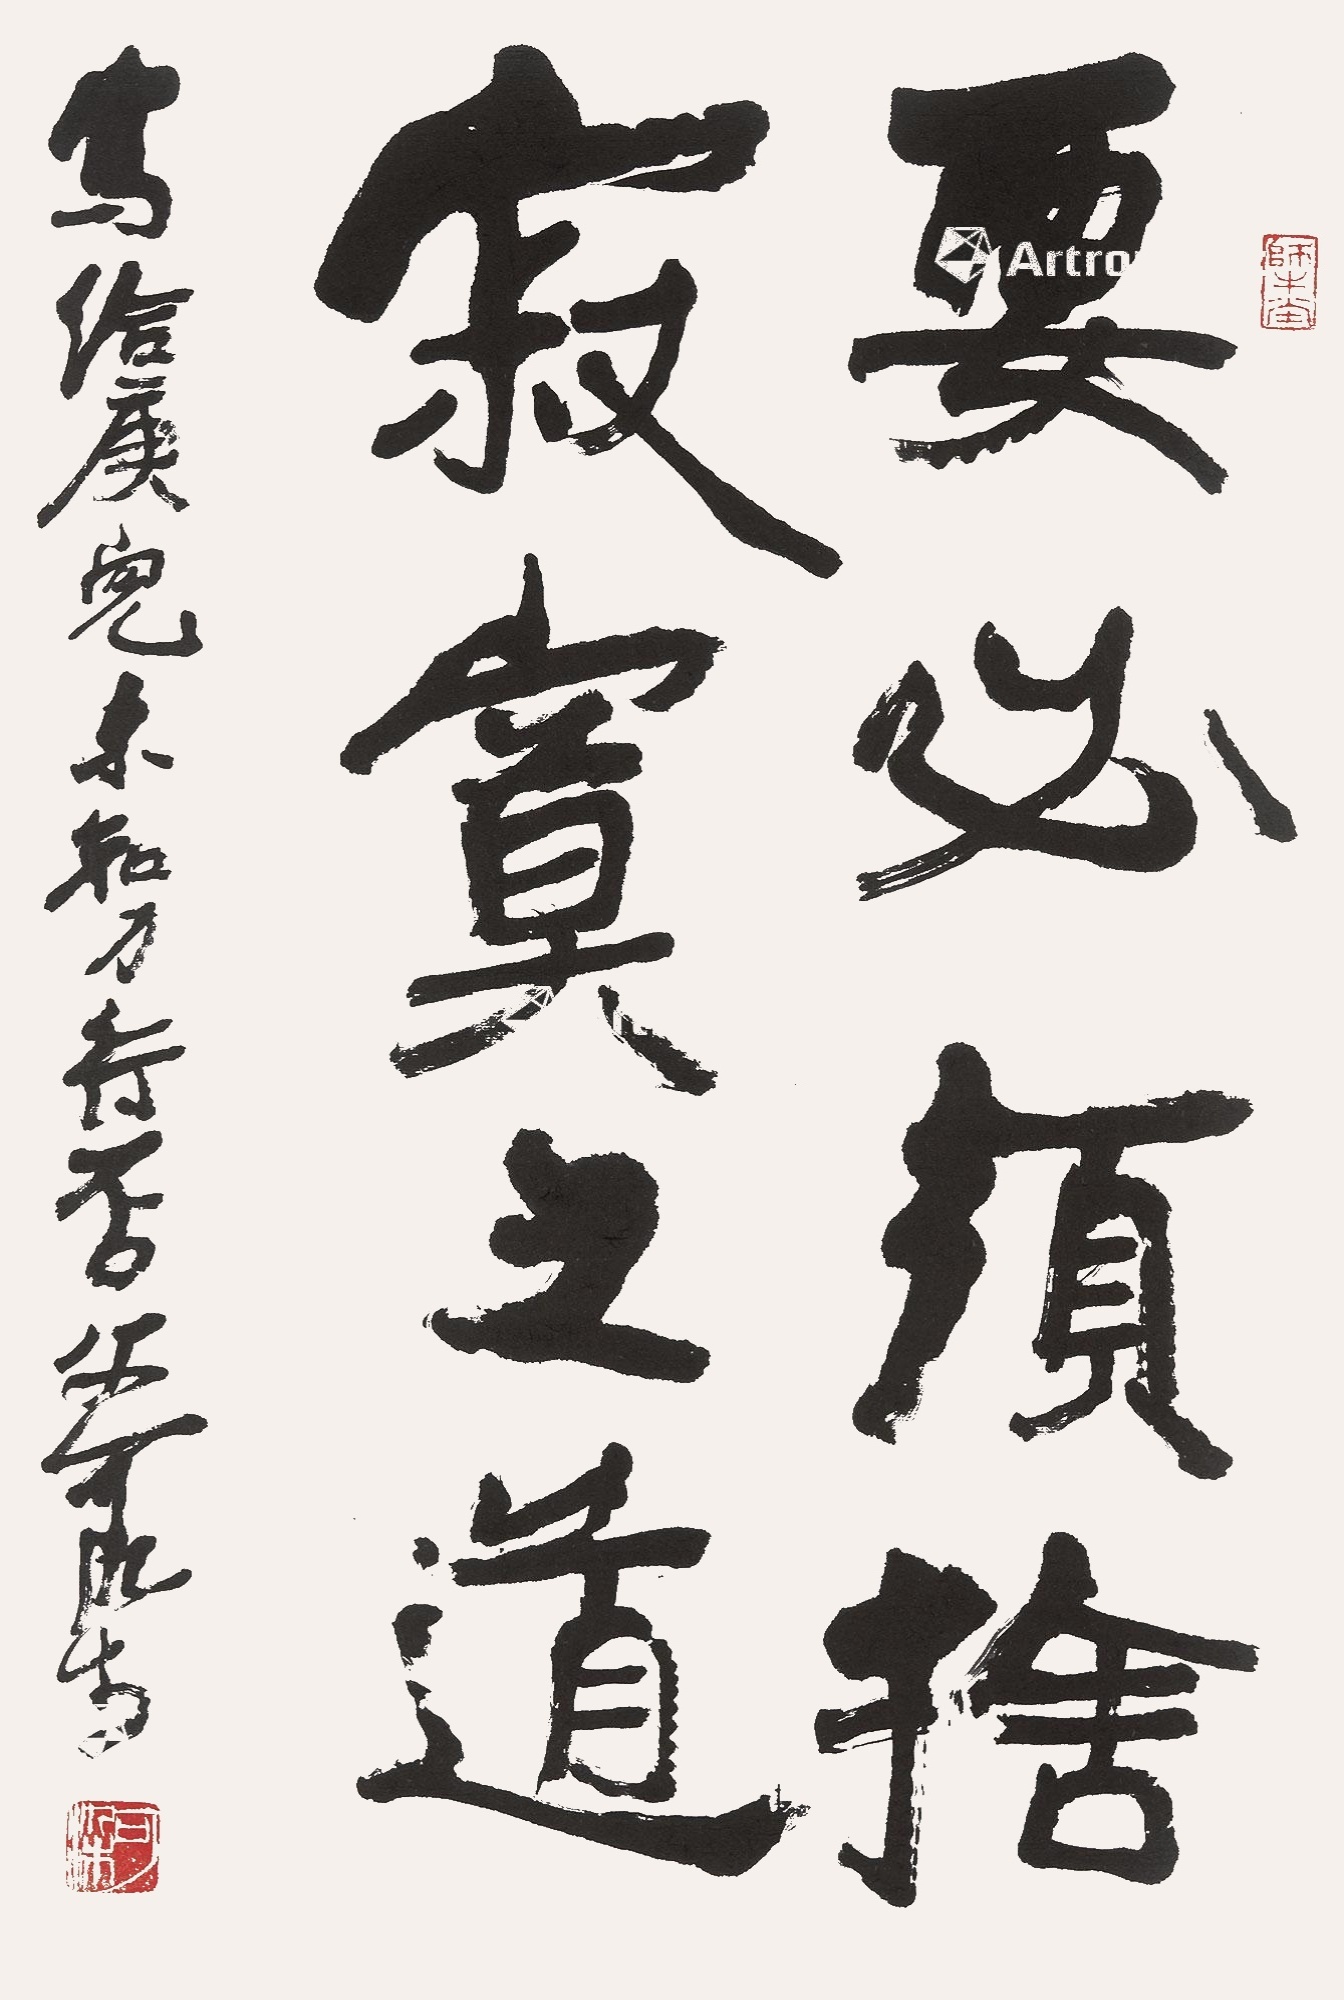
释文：要必须舍寂寞之道。写给庚儿，未知力行否，父可染。